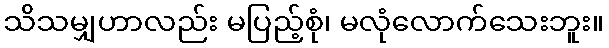
သိသမျှဟာလည်း မပြည့်စုံ၊ မလုံလောက်သေးဘူး။